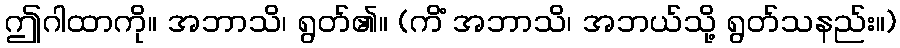
ဤဂါထာကို။ အဘာသိ၊ ရွတ်၏။ (ကိံ အဘာသိ၊ အဘယ်သို့ ရွတ်သနည်း။)